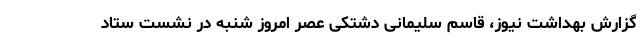
گزارش بهداشت نیوز، قاسم سلیمانی دشتکی عصر امروز شنبه در نشست ستاد